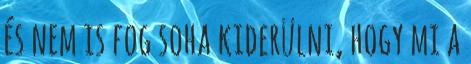
és nem is fog soha kiderülni, hogy mi a